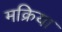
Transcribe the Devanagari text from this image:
मक्रिया